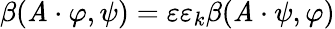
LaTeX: \beta(\mathit{A}\cdot\varphi,\psi)=\varepsilon\varepsilon_{k}\beta(\mathit{A}\cdot\psi,\varphi)